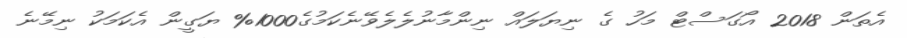
އެތަން 2018 އޯގަސްޓް މަހު ގެ ނިޔަލައްް ނިންމާނުލެލެވޭނެކަމުގެ1000% ޔަގީން އެކަމަކުު ނިމޭނެ